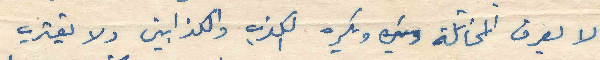
لا يعرف المخاتلة ويكره الكذب والكذابين ولا يقترب